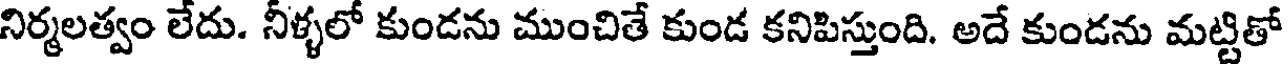
నిర్మలత్వం లేదు. నీళ్ళలో కుండను ముంచితే కుండ కనిపిస్తుంది. అదే కుండను మట్టితో